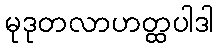
မုဒုတလာဟတ္ထပါဒါ